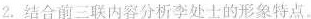
2.结合前三联内容分析李处士的形象特点。